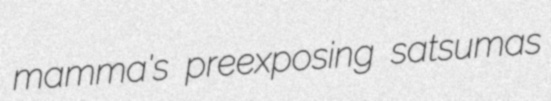
mamma's preexposing satsumas